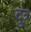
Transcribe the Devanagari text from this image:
दुत्र